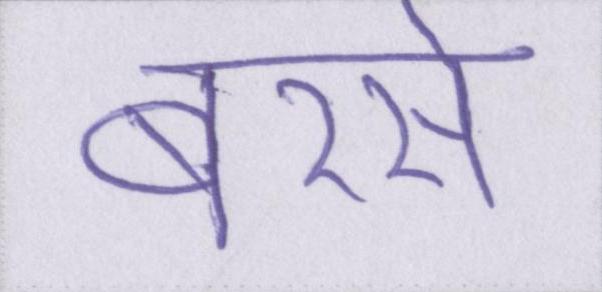
बरसे